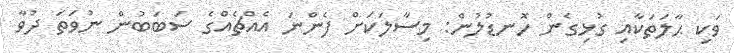
ވަކި ޙާލަތަކާއި ގުޅިގެން ހޮނޑުލުން: މިސާލަކަށް ފެންނަ އެއްޗެއްގެ ސަބަބުން ނުވަތަ ދުވާ